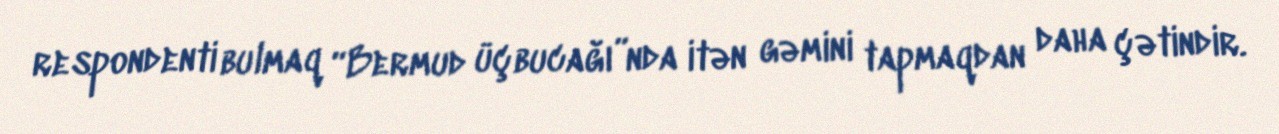
respondenti bulmaq “Bermud üçbucağı”nda itən gəmini tapmaqdan daha çətindir.